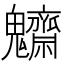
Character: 𩵃